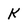
Character: K